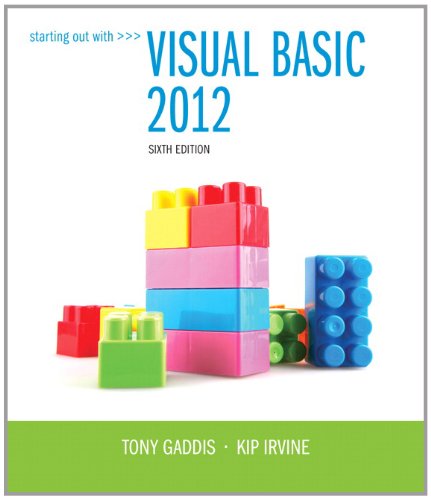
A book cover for Starting Out With Visual Basic 2012 (6th Edition); Tony Gaddis; Computers & Technology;